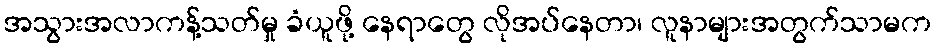
အသွားအလာကန့်သတ်မှု ခံယူဖို့ နေရာတွေ လိုအပ်နေတာ၊ လူနာများအတွက်သာမက